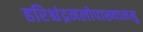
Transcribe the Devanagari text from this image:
हरिश्चंद्रनलोपाख्यानमु